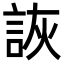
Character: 詼